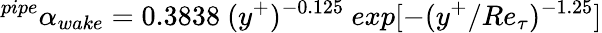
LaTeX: ^{pipe}\alpha_{wake}=0.3838~(y^{+})^{-0.125}~exp[-(y^{+}/Re_{\tau})^{-1.25}]